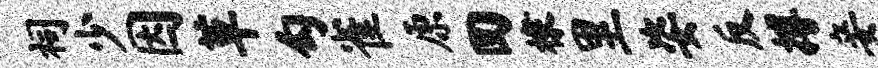
祠少因草勾雀原回棣里姿反搏妾